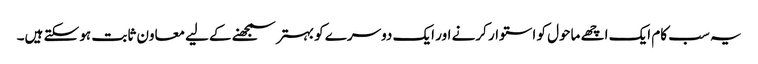
یہ سب کام ایک اچھے ماحول کو استوار کرنے اور ایک دوسرے کو بہتر سمجھنے کےلیے معاون ثابت ہو سکتے ہیں۔